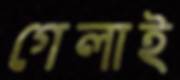
গেলাই